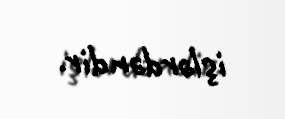
işlərdəndir.